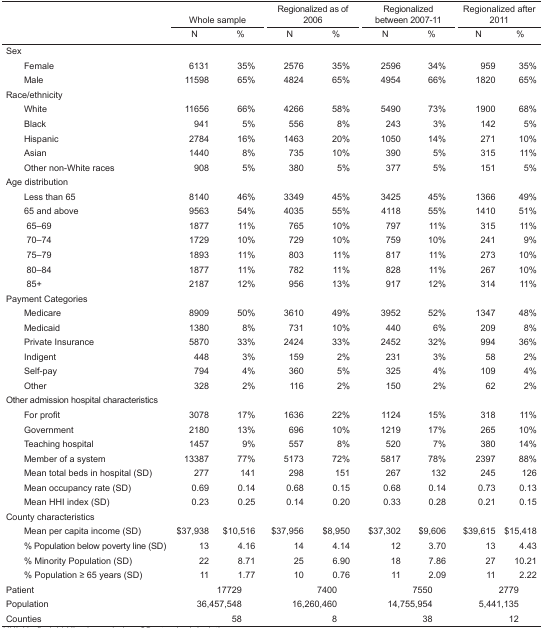
<table><thead><tr><td rowspan="3"></td><td colspan="2"><b>Whole sample</b></td><td colspan="2"><b>Regionalized as of 2006</b></td><td colspan="2"><b>Regionalized between 2007–11</b></td><td colspan="2"><b>Regionalized after 2011</b></td></tr><tr><td><b>N</b></td><td><b>%</b></td><td><b>N</b></td><td><b>%</b></td><td><b>N</b></td><td><b>%</b></td><td><b>N</b></td><td><b>%</b></td></tr></thead><tbody><tr><td colspan="9">Sex</td></tr><tr><td> Female</td><td>6131</td><td>35%</td><td>2576</td><td>35%</td><td>2596</td><td>34%</td><td>959</td><td>35%</td></tr><tr><td> Male</td><td>11598</td><td>65%</td><td>4824</td><td>65%</td><td>4954</td><td>66%</td><td>1820</td><td>65%</td></tr><tr><td colspan="9">Race/ethnicity</td></tr><tr><td> White</td><td>11656</td><td>66%</td><td>4266</td><td>58%</td><td>5490</td><td>73%</td><td>1900</td><td>68%</td></tr><tr><td> Black</td><td>941</td><td>5%</td><td>556</td><td>8%</td><td>243</td><td>3%</td><td>142</td><td>5%</td></tr><tr><td> Hispanic</td><td>2784</td><td>16%</td><td>1463</td><td>20%</td><td>1050</td><td>14%</td><td>271</td><td>10%</td></tr><tr><td> Asian</td><td>1440</td><td>8%</td><td>735</td><td>10%</td><td>390</td><td>5%</td><td>315</td><td>11%</td></tr><tr><td> Other non-White races</td><td>908</td><td>5%</td><td>380</td><td>5%</td><td>377</td><td>5%</td><td>151</td><td>5%</td></tr><tr><td colspan="9">Age distribution</td></tr><tr><td> Less than 65</td><td>8140</td><td>46%</td><td>3349</td><td>45%</td><td>3425</td><td>45%</td><td>1366</td><td>49%</td></tr><tr><td> 65 and above</td><td>9563</td><td>54%</td><td>4035</td><td>55%</td><td>4118</td><td>55%</td><td>1410</td><td>51%</td></tr><tr><td> 65–69</td><td>1877</td><td>11%</td><td>765</td><td>10%</td><td>797</td><td>11%</td><td>315</td><td>11%</td></tr><tr><td> 70–74</td><td>1729</td><td>10%</td><td>729</td><td>10%</td><td>759</td><td>10%</td><td>241</td><td>9%</td></tr><tr><td> 75–79</td><td>1893</td><td>11%</td><td>803</td><td>11%</td><td>817</td><td>11%</td><td>273</td><td>10%</td></tr><tr><td> 80–84</td><td>1877</td><td>11%</td><td>782</td><td>11%</td><td>828</td><td>11%</td><td>267</td><td>10%</td></tr><tr><td> 85+</td><td>2187</td><td>12%</td><td>956</td><td>13%</td><td>917</td><td>12%</td><td>314</td><td>11%</td></tr><tr><td colspan="9">Payment Categories</td></tr><tr><td> Medicare</td><td>8909</td><td>50%</td><td>3610</td><td>49%</td><td>3952</td><td>52%</td><td>1347</td><td>48%</td></tr><tr><td> Medicaid</td><td>1380</td><td>8%</td><td>731</td><td>10%</td><td>440</td><td>6%</td><td>209</td><td>8%</td></tr><tr><td> Private Insurance</td><td>5870</td><td>33%</td><td>2424</td><td>33%</td><td>2452</td><td>32%</td><td>994</td><td>36%</td></tr><tr><td> Indigent</td><td>448</td><td>3%</td><td>159</td><td>2%</td><td>231</td><td>3%</td><td>58</td><td>2%</td></tr><tr><td> Self-pay</td><td>794</td><td>4%</td><td>360</td><td>5%</td><td>325</td><td>4%</td><td>109</td><td>4%</td></tr><tr><td> Other</td><td>328</td><td>2%</td><td>116</td><td>2%</td><td>150</td><td>2%</td><td>62</td><td>2%</td></tr><tr><td colspan="9">Other admission hospital characteristics</td></tr><tr><td> For profit</td><td>3078</td><td>17%</td><td>1636</td><td>22%</td><td>1124</td><td>15%</td><td>318</td><td>11%</td></tr><tr><td> Government</td><td>2180</td><td>13%</td><td>696</td><td>10%</td><td>1219</td><td>17%</td><td>265</td><td>10%</td></tr><tr><td> Teaching hospital</td><td>1457</td><td>9%</td><td>557</td><td>8%</td><td>520</td><td>7%</td><td>380</td><td>14%</td></tr><tr><td> Member of a system</td><td>13387</td><td>77%</td><td>5173</td><td>72%</td><td>5817</td><td>78%</td><td>2397</td><td>88%</td></tr><tr><td> Mean total beds in hospital (SD)</td><td>277</td><td>141</td><td>298</td><td>151</td><td>267</td><td>132</td><td>245</td><td>126</td></tr><tr><td> Mean occupancy rate (SD)</td><td>0.69</td><td>0.14</td><td>0.68</td><td>0.15</td><td>0.68</td><td>0.14</td><td>0.73</td><td>0.13</td></tr><tr><td> Mean HHI index (SD)</td><td>0.23</td><td>0.25</td><td>0.14</td><td>0.20</td><td>0.33</td><td>0.28</td><td>0.21</td><td>0.15</td></tr><tr><td colspan="9">County characteristics</td></tr><tr><td> Mean per capita income (SD)</td><td>$37,938</td><td>$10,516</td><td>$37,956</td><td>$8,950</td><td>$37,302</td><td>$9,606</td><td>$39,615</td><td>$15,418</td></tr><tr><td> % Population below poverty line (SD)</td><td>13</td><td>4.16</td><td>14</td><td>4.14</td><td>12</td><td>3.70</td><td>13</td><td>4.43</td></tr><tr><td> % Minority Population (SD)</td><td>22</td><td>8.71</td><td>25</td><td>6.90</td><td>18</td><td>7.86</td><td>27</td><td>10.21</td></tr><tr><td> % Population ≥ 65 years (SD)</td><td>11</td><td>1.77</td><td>10</td><td>0.76</td><td>11</td><td>2.09</td><td>11</td><td>2.22</td></tr><tr><td>Patient</td><td colspan="2">17729</td><td colspan="2">7400</td><td colspan="2">7550</td><td colspan="2">2779</td></tr><tr><td>Population</td><td colspan="2">36,457,548</td><td colspan="2">16,260,460</td><td colspan="2">14,755,954</td><td colspan="2">5,441,135</td></tr><tr><td>Counties</td><td colspan="2">58</td><td colspan="2">8</td><td colspan="2">38</td><td colspan="2">12</td></tr></tbody></table>